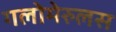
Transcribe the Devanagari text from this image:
गलोमेरुलस